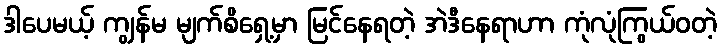
ဒါပေမယ့် ကျွန်မ မျက်စိရှေ့မှာ မြင်နေရတဲ့ အဲဒီနေရာဟာ ကုံလုံကြွယ်ဝတဲ့